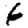
Digit: 6